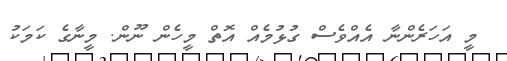
މީ އަހަރެންނާ އެއްވެސް ގުޅުމެއް އޮތް މީހެން ނޫން. މީނާގެ ކަމަކު